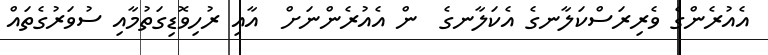
އެއުރެންގެ ވެރިރަސްކަލާނގެ އެކަލާނގެ  ން އެއުރެންނަށް  އާއި ރުހިވޮޑިގަތުމާއި ސުވަރުގެތައް